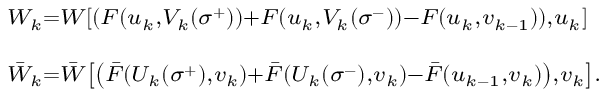
\begin{array} { l } { { ^ { W _ { k } = W \left[ \left( F ( u _ { k } , V _ { k } ( \sigma ^ { + } ) ) + F ( u _ { k } , V _ { k } ( \sigma ^ { - } ) ) - F ( u _ { k } , v _ { k - 1 } ) \right) , u _ { k } \right] } } } \\ { { _ { \bar { W } _ { k } = \bar { W } \left[ \left( \bar { F } ( U _ { k } ( \sigma ^ { + } ) , v _ { k } ) + \bar { F } ( U _ { k } ( \sigma ^ { - } ) , v _ { k } ) - \bar { F } ( u _ { k - 1 } , v _ { k } ) \right) , v _ { k } \right] . } } } \end{array}